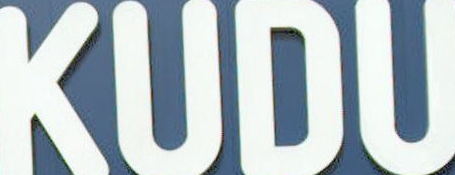
KUDU